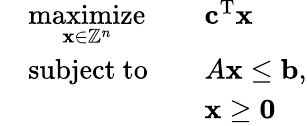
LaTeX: {\begin{array}{rlrl}&{{\underset{\mathbf{x}\in\mathbb{Z}^{n}}{\mathrm{maximize}}}}&&{\mathbf{c}^{\mathrm{T}}\mathbf{x}}\\ &{{\mathrm{subject~to}}}&&{A\mathbf{x}\leq\mathbf{b},}\\ &{}&&{\mathbf{x}\geq\mathbf{0}}\end{array}}